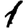
Digit: 1